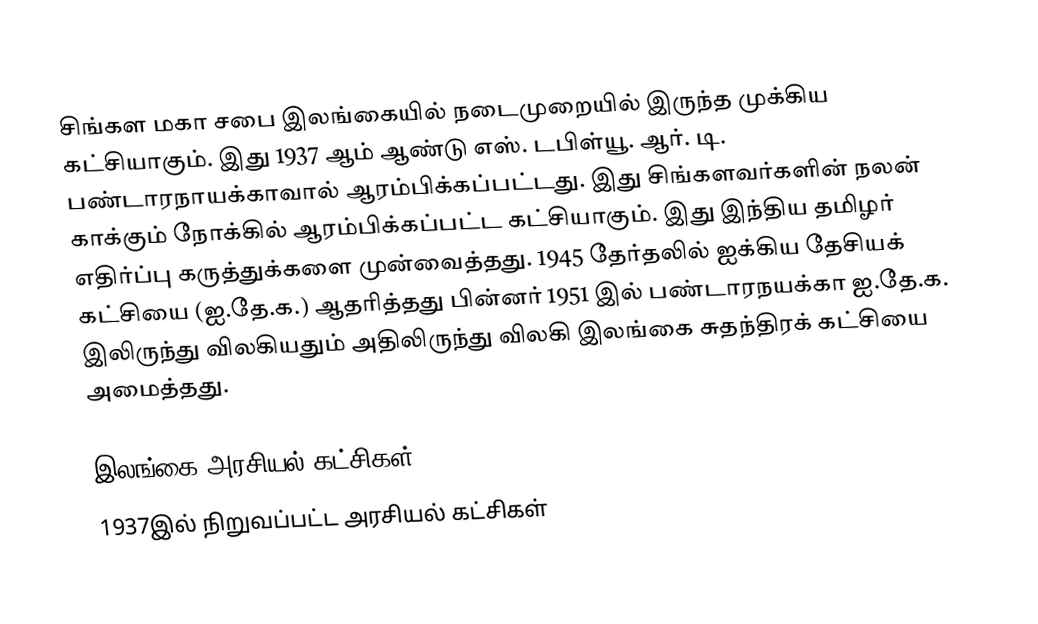
சிங்கள மகா சபை இலங்கையில் நடைமுறையில் இருந்த முக்கிய கட்சியாகும். இது 1937 ஆம் ஆண்டு எஸ். டபிள்யூ. ஆர். டி. பண்டாரநாயக்காவால் ஆரம்பிக்கப்பட்டது. இது சிங்களவர்களின் நலன் காக்கும் நோக்கில் ஆரம்பிக்கப்பட்ட கட்சியாகும். இது இந்திய தமிழர் எதிர்ப்பு கருத்துக்களை முன்வைத்தது. 1945 தேர்தலில் ஐக்கிய தேசியக் கட்சியை (ஐ.தே.க.) ஆதரித்தது பின்னர் 1951 இல் பண்டாரநயக்கா ஐ.தே.க. இலிருந்து விலகியதும் அதிலிருந்து விலகி இலங்கை சுதந்திரக் கட்சியை அமைத்தது.

இலங்கை அரசியல் கட்சிகள்
1937இல் நிறுவப்பட்ட அரசியல் கட்சிகள்